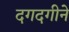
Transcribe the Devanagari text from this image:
दगदगीने